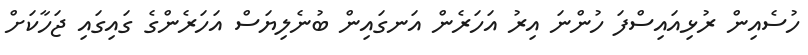
ހުސެއިން ރުޅިއައިސްފަ ހުންނަ އިރު އަހަރެން އަނގައިން ބުނެލިޔަސް އަހަރެންގެ ގައިގައި ޖަހާކަށް